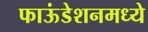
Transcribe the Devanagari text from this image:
फाऊंडेशनमध्ये